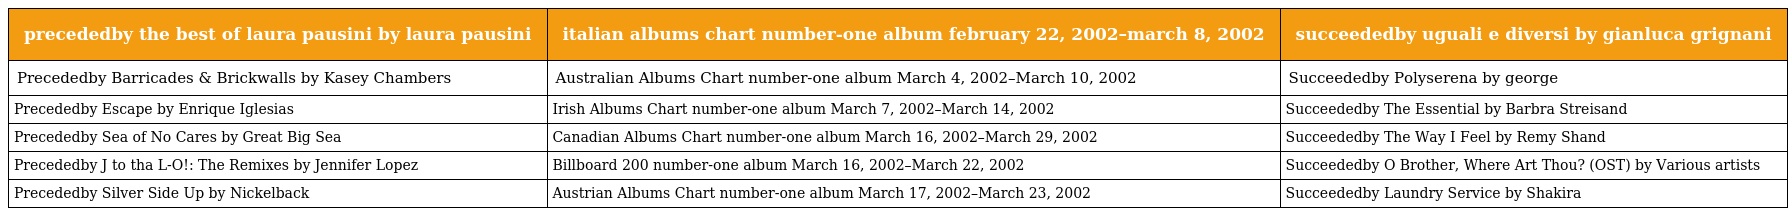
| precededby the best of laura pausini by laura pausini | italian albums chart number-one album february 22, 2002–march 8, 2002 | succeededby uguali e diversi by gianluca grignani |
 | --- | --- | --- |
 | Precededby Barricades & Brickwalls by Kasey Chambers | Australian Albums Chart number-one album March 4, 2002–March 10, 2002 | Succeededby Polyserena by george |
 | Precededby Escape by Enrique Iglesias | Irish Albums Chart number-one album March 7, 2002–March 14, 2002 | Succeededby The Essential by Barbra Streisand |
 | Precededby Sea of No Cares by Great Big Sea | Canadian Albums Chart number-one album March 16, 2002–March 29, 2002 | Succeededby The Way I Feel by Remy Shand |
 | Precededby J to tha L-O!: The Remixes by Jennifer Lopez | Billboard 200 number-one album March 16, 2002–March 22, 2002 | Succeededby O Brother, Where Art Thou? (OST) by Various artists |
 | Precededby Silver Side Up by Nickelback | Austrian Albums Chart number-one album March 17, 2002–March 23, 2002 | Succeededby Laundry Service by Shakira |